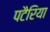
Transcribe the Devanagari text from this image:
पटैरिया